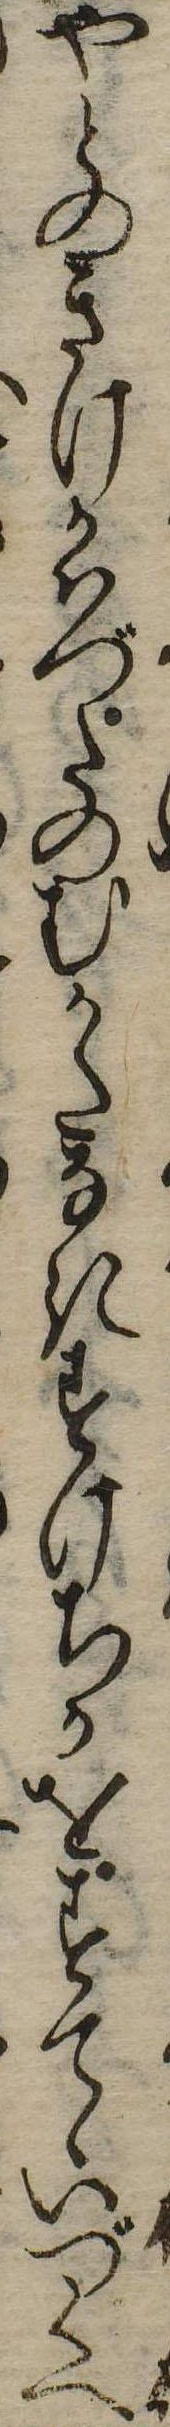
やとのきけかはづたのむかたなきすけちかをすてゝいづくへ